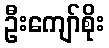
ဦးကျော်စိုး